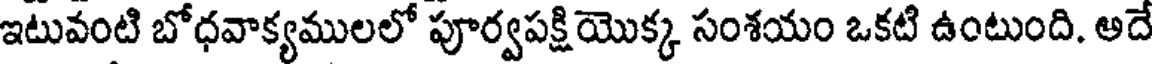
ఇటువంటి బోధవాక్యములలో పూర్వపక్షియొక్క సంశయం ఒకటి ఉంటుంది. అదే